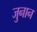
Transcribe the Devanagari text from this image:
जुनान